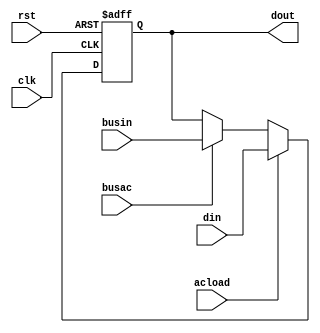
/*AC*/
module ac(din, busin, clk, rst, acload, busac, dout);
//din:alu
//busin:
input [7:0] din; 
input [7:0] busin;
input clk,rst,acload,busac;
output reg [7:0] dout;
always @(posedge clk or negedge rst) 
begin
    if (!rst)
        dout <= 0;
    else if (acload)
        dout <= din;
    else if (busac)
        dout <= busin;
end

endmodule